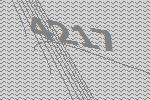
4217